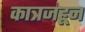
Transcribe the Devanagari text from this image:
कात्रजहून